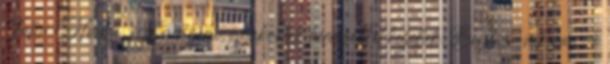
John Hodge. – Egyszerű, gyakorlati kérdésekkel kezdtük. Begbie-nek van-e